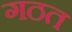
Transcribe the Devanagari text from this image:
गठत